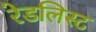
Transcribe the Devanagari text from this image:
रेडलिस्ट